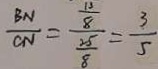
\frac { B N } { C N } = \frac { \frac { 1 3 } { 8 } } { \frac { 2 5 } { 8 } } = \frac { 3 } { 5 }